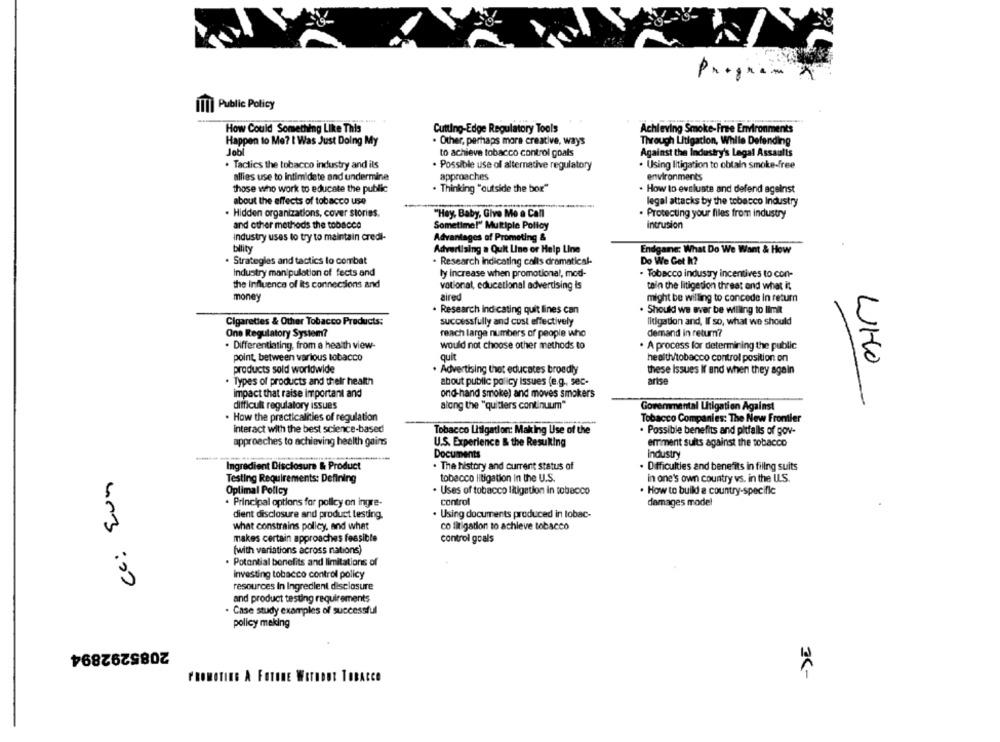
IT| Public Policy
How Could Something Like This
Cutting-Edge Regulatory Tools
Achieving Smoke-Free Environments
Happen to Me? I Was Just Doing My
. Other, perhaps more creative, ways
Through Litigation, While Defending
Jobl
to achieve tobacco control goals
Against the Industry's Legal Assaults
. Tactics the tobacco industry and ils
· Possible use of alternative regulatory
. Using litigation to obtain smoke-free
allies use to intimidate and undermine
approaches
environments
those who work to educate the public
. Thinking "outside the box"
. How to evaluate and defend against
about the effects of tobacco use
legal attacks by the tobacco Industry
. Hidden organizations, cover stories,
"Hey, Baby, Give Me a Call
. Protecting your files from industry
and other methods the tobacco
Sometime!" Multiple Policy
intrusion
industry uses to try to maintain credi-
Advantages of Prometing &
bility
Advertising a Quit Line or Help Line
Endgane: What Do We Want & How
. Strategies and tactics lo combat
. Research Indicating calls dramatical-
Do We Get h?
Industry manipulation of fects and
ly increase when promotional, mod-
· Tobacco industry incentives to con-
the Influence of Its connections and
vationat, educational advertising is
tain the litigedion threat and what it
money
aired
might be willing to concede In return
· Research indicating quit lines can
Should we aver be willing to limit
Cigarettes & Other Tobacco Products:
successfully and cost effectively
litigation and, If so, what we should
One Regulatory System?
reach large numbers of people who
demand in return?
. Differentiating, from a health view-
would not choose other methods to
. A process for determining the public
point, between various tobacco
quit
healthy/tobacco control position on
UHO
products sold worldwide
Advertising thet educates broadly
these Issues If and when they again
. Types of products and their health
about public policy issues (e.g ., sec-
arise
impact that raise important and
ond-hand smoke) and moves smokers
difficult regulatory issues
along the "quitiers continuum"
Governmental Litigation Against
. How the practicalities of regulation
Tobacco Companies: The New Frontier
interact with the best science-based
Tobacco Litigation: Making Use of the
. Possible benefits and pitfalls of gov-
approaches to achieving health gains
U.S. Experience & the Resulting
emment suits against the tobacco
Documents
Industry
Ingredient Disclosure & Product
. The history and current status of
Difficulties and benefits in filing suits
Testing Requirements: Defining
tobacco litigation in the U.S.
in one's own country vs. in the U.S.
Optimal Policy
. Uses of tobacco litigation in tobacco
How to build a country-specific
. Principal options for policy on ingre-
control
damages model
dient disclosure and product testing.
. Using documents produced in lobac-
what constrains policy, and what
co litigation to achieve tobacco
makes certain approaches feasible
control goals
(with variations across nations)
. Potential benefits and limitations of
Investing tobacco control policy
un3 :00
resources In Ingredient disclosure
and product testing requirements
. Case study examples of successful
policy making
2085292894
PROMOTING A FOTODE WOTHDET TOBACCO